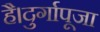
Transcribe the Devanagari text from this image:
है।दुर्गापूजा